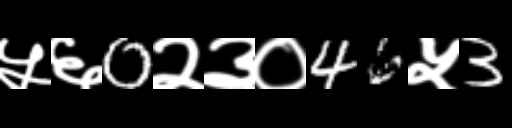
Text: ५६0२३०46५3